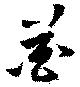
芲